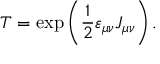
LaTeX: T = \exp \left( \frac 1 2 \varepsilon _ { \mu \nu } J _ { \mu \nu } \right) .